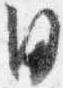
日